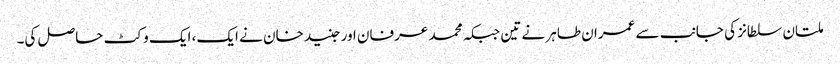
ملتان سلطانز کی جانب سے عمران طاہر نے تین جبکہ محمد عرفان اور جنید خان نے ایک، ایک وکٹ حاصل کی۔